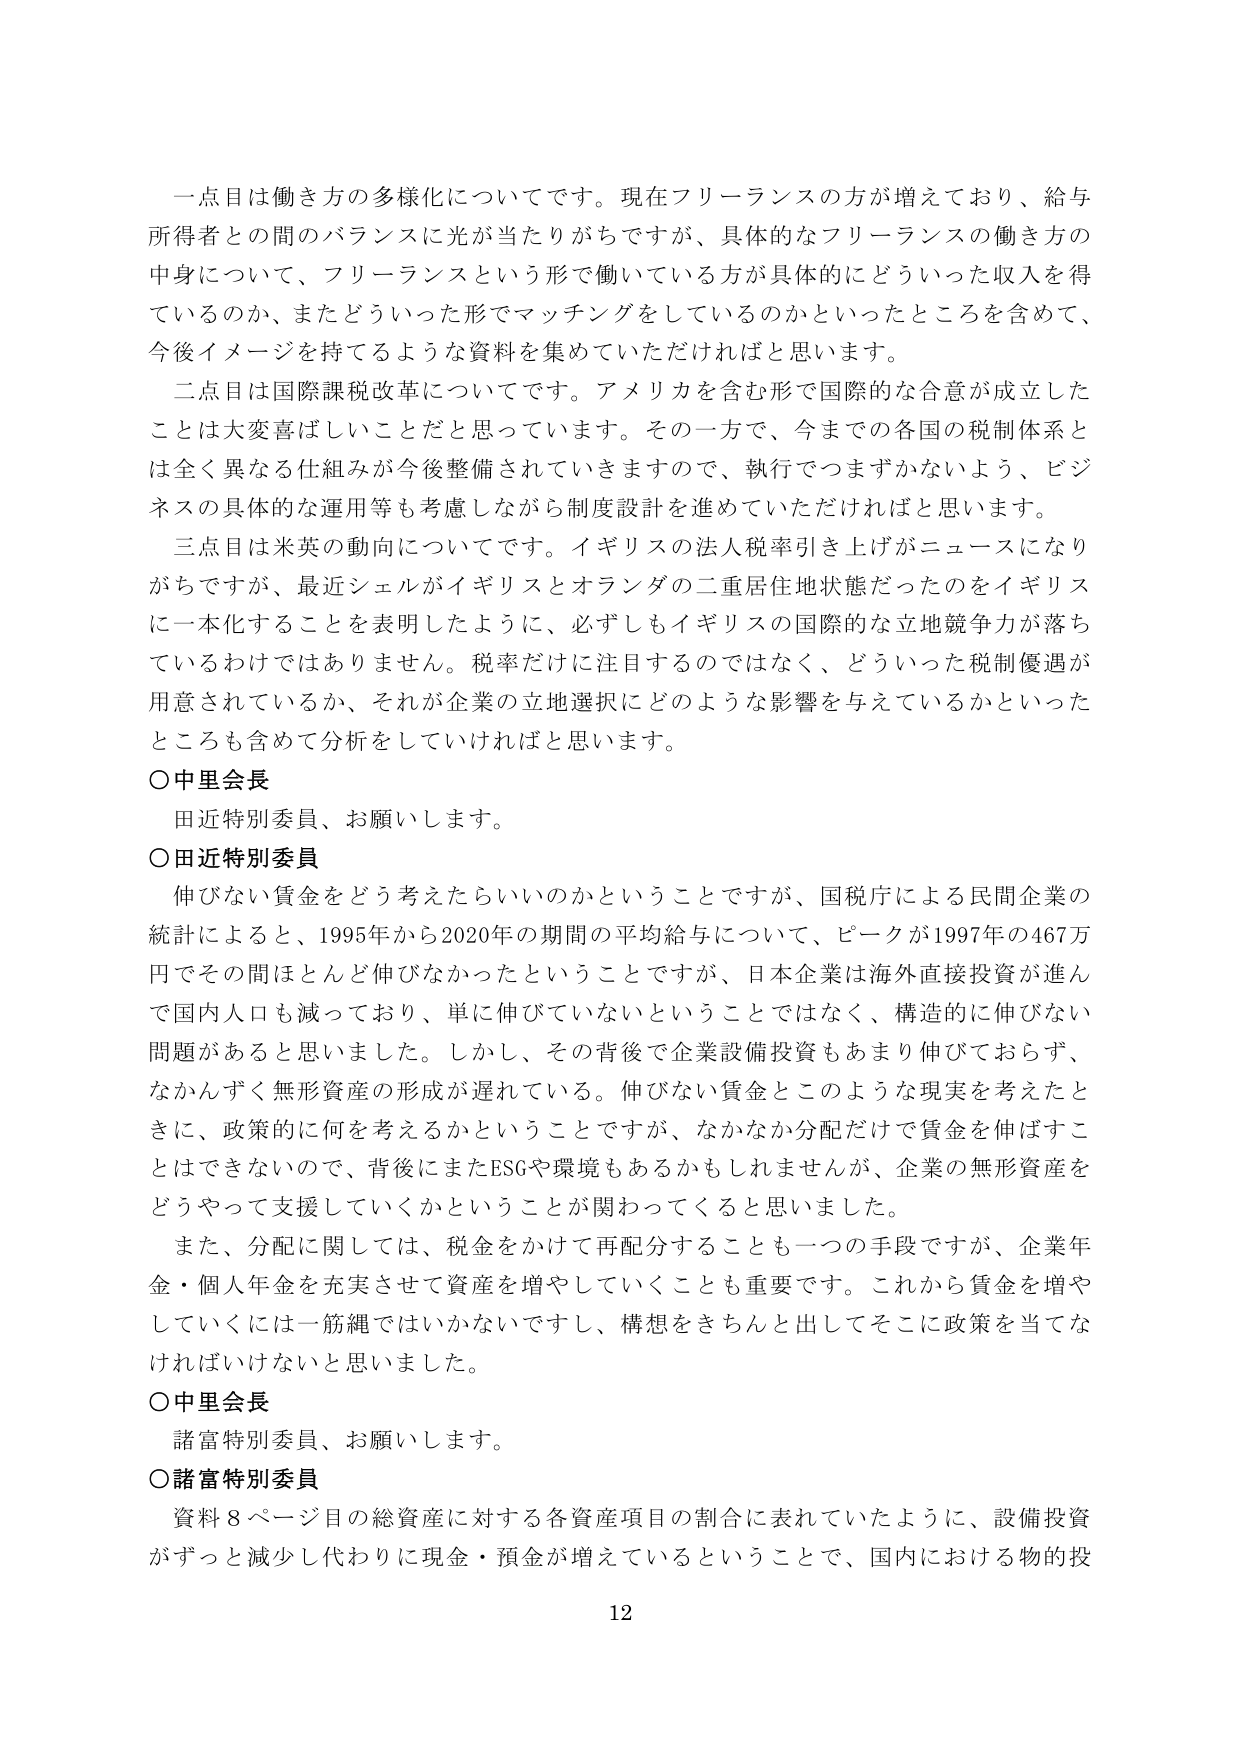
一点目は働き方の多様化についてです。現在フリーランスの方が増えており、給与所得者との間のバランスに光が当たりがちですが、具体的なフリーランスの働き方の中身について、フリーランスという形で働いている方が具体的にどういった収入を得ているのか、またどういった形でマッチングをしているのかといったところを含めて、今後イメージを持てるような資料を集めていただければと思います。

二点目は国際課税改革についてです。アメリカを含む形で国際的な合意が成立したことは大変喜ばしいことだと思っています。その一方で、今までの各国の税制体系とは全く異なる仕組みが今後整備されていきますので、執行でつまずかないよう、ビジネスの具体的な運用等も考慮しながら制度設計を進めていただければと思います。

三点目は米英の動向についてです。イギリスの法人税率引き上げがニュースになりがちですが、最近シェルがイギリスとオランダの二重居住地状態だったのをイギリスに一本化することを表明したように、必ずしもイギリスの国際的な立地競争力が落ちているわけではありません。税率だけに注目するのではなく、どういった税制優遇が用意されているか、それが企業の立地選択にどのような影響を与えているかといったところも含めて分析をしていければと思います。

〇中里会長
田近特別委員、お願いします。

〇田近特別委員
伸びない賃金をどう考えたらいいのかということですが、国税庁による民間企業の統計によると、1995年から2020年の期間の平均給与について、ピークが1997年の467万円でその間ほとんど伸びなかったということですが、日本企業は海外直接投資が進んで国内人口も減っており、単に伸びていないということではなく、構造的に伸びない問題があると思いました。しかし、その背後で企業設備投資もあまり伸びておらず、なかんずく無形資産の形成が遅れている。伸びない賃金とこのような現実を考えたときに、政策的に何を考えるかということですが、なかなか分配だけで賃金を伸ばすことはできないので、背後にまたESGや環境もあるかもしれませんが、企業の無形資産をどうやって支援していくかということが関わってくると思いました。

また、分配に関しては、税金をかけて再配分することも一つの手段ですが、企業年金・個人年金を充実させて資産を増やしていくことも重要です。これから賃金を増やしていくには一筋縄ではいかないですし、構想をきちんと出してそこに政策を当てなければならないと思いました。

〇中里会長
諸富特別委員、お願いします。

〇諸富特別委員
資料8ページ目の総資産に対する各資産項目の割合に表れていたように、設備投資がずっと減少し代わりに現金・預金が増えているということで、国内における物的投

12